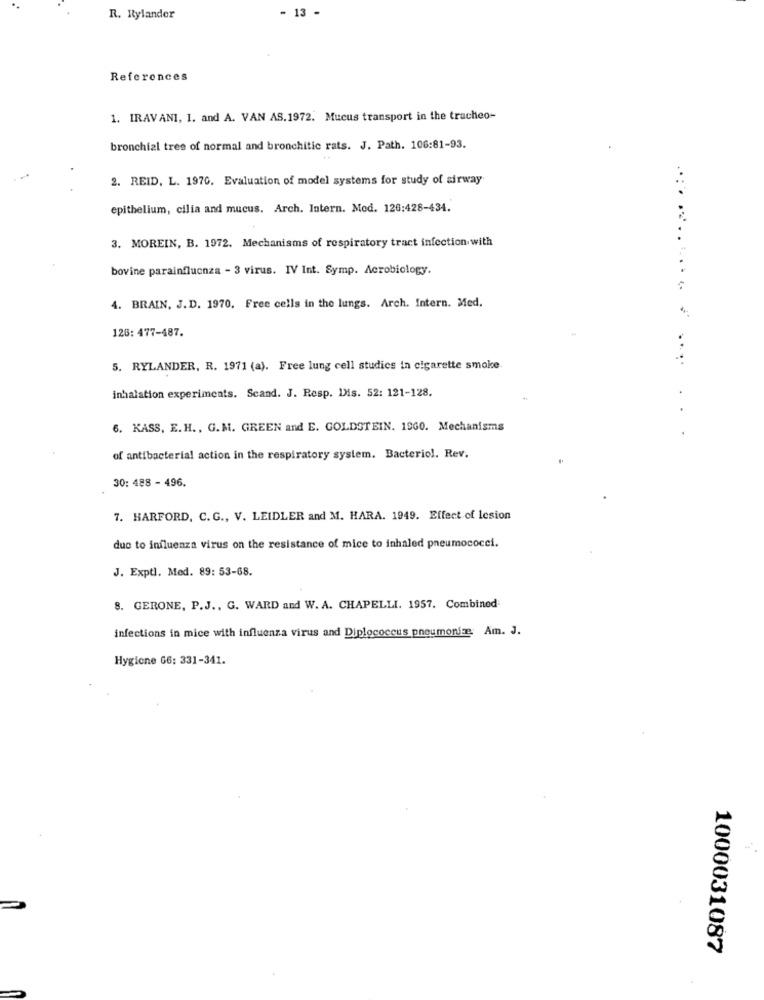
- 13 -
R. Rylander
References
1. IRAVANI, I. and A. VAN AS.1972. Mucus transport in the tracheo-
bronchial tree of normal and bronchitic rats. J. Path. 106:81-93.
2. REID, L. 1970. Evaluation of model systems for study of airway
epithelium, cilia and mucus. Arch. Intern. Mod. 126:428-434.
3. MOREIN, B. 1972. Mechanisms of respiratory tract infection with
bovine parainfluenza - 3 virus. IV Int. Symp. Acrobiology.
... . .... .... ..
4. BRAIN, J.D. 1970. Free cells in the lungs. Arch. Intern. Med.
126: 477-487.
....
5. RYLANDER, R. 1971 (a). Free lung cell studics in cigarette smoke
inhalation experiments. Scand. J. Resp. Dis. 52: 121-128.
6. KASS, E.H ., G.M. GREEN and E. GOLDSTEIN. 1960. Mechanisms
...
of antibacterial action in the respiratory system. Bacteriol. Rev.
30: 488 - 496.
7. HARFORD, C. G ., V. LEIDLER and M. HARA. 1949. Effect of lesion
due to influenza virus on the resistance of mice to inhaled pneumococci.
J. Exptl. Med. 89: 53-68.
8. GERONE, P.J ., G. WARD and W. A. CHAPELLI. 1957. Combined:
infections in mice with influenza virus and Diplococcus pneumonie. Am. J.
Hygiene 66: 331-341.
1000031087